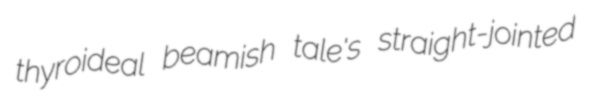
thyroideal beamish tale's straight-jointed